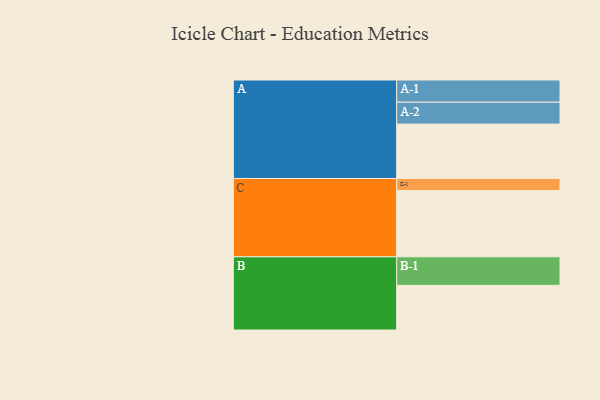
{"axis": {"x": "Segment", "y": "Value"}, "legend": ["", "A", "B", "C"], "data": [{"x": "A", "y": 480, "type": ""}, {"x": "B", "y": 394, "type": ""}, {"x": "C", "y": 585, "type": ""}, {"x": "A-1", "y": 196, "type": "A"}, {"x": "A-2", "y": 193, "type": "A"}, {"x": "B-1", "y": 252, "type": "B"}, {"x": "C-1", "y": 106, "type": "C"}]}